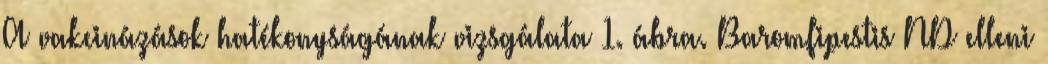
A vakcinázások hatékonyságának vizsgálata 1. ábra. Baromfipestis ND elleni